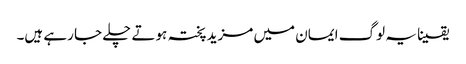
یقینا یہ لوگ ایمان میں مزید پختہ ہوتے چلے جا رہے ہیں۔